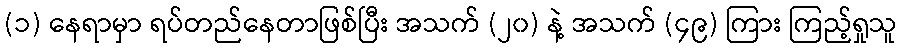
(၁) နေရာမှာ ရပ်တည်နေတာဖြစ်ပြီး အသက် (၂၀) နဲ့ အသက် (၄၉) ကြား ကြည့်ရှုသူ